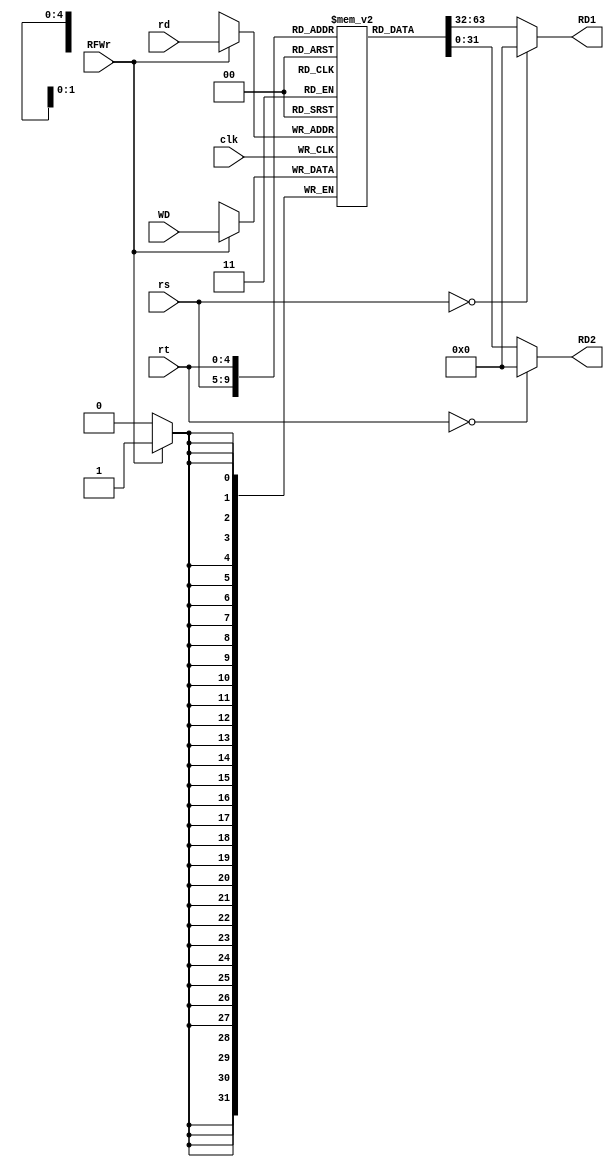
`timescale 1ns / 1ps

module RF(
    input  [4:0]  rs,      //
    input  [4:0]  rt,
    input  [4:0]  rd,       //
    input  [31:0] WD,       //
    input         clk,
    input         RFWr,
    output [31:0] RD1,      //1
    output [31:0] RD2
);
    reg [31:0] register [31:0];
    integer i;
    initial 
    begin
        for (i = 0; i < 32; i = i + 1)
        register[i] = 0;
    end

    always @(posedge clk) 
        begin
            if (RFWr==1)
                begin
                    register[rd] <= WD;
                end
            $display("R[00-07]=%8X, %8X, %8X, %8X, %8X, %8X, %8X, %8X", register[0], register[1], register[2], register[3], register[4], register[5], register[6], register[7]);
            $display("R[08-15]=%8X, %8X, %8X, %8X, %8X, %8X, %8X, %8X", register[8], register[9],  register[10], register[11], register[12], register[13], register[14], register[15]);
            $display("R[16-23]=%8X, %8X, %8X, %8X, %8X, %8X, %8X, %8X", register[16], register[17], register[18], register[19], register[20], register[21], register[22], register[23]);
            $display("R[24-31]=%8X, %8X, %8X, %8X, %8X, %8X, %8X, %8X", register[24], register[25], register[26], register[27], register[28], register[29], register[30], register[31]);

        end

    assign RD1 = (rs==0)? 0:register[rs];
    assign RD2 = (rt==0)? 0:register[rt];
endmodule